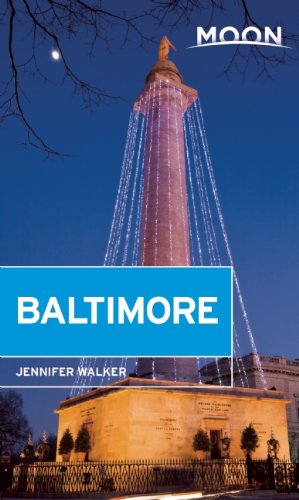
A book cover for Moon Baltimore; Jennifer Walker; Travel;